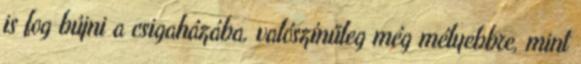
is fog bújni a csigaházába, valószínűleg még mélyebbre, mint